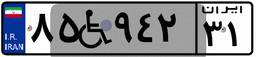
۸۵W۹۴۲۳۱